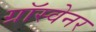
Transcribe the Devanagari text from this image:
ग्रॉस्वेनर